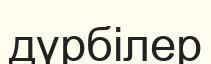
дүрбілер